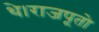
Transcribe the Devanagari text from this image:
थे।राजपूतो